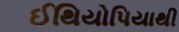
ઈથિયોપિયાથી